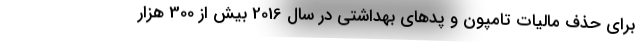
برای حذف مالیات تامپون و پدهای بهداشتی در سال 2016 بیش از 300 هزار